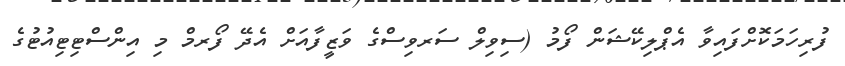
ފުރިހަމަކޮށްފައިވާ އެޕްލިކޭޝަން ފޯމު (ސިވިލް ސަރވިސްގެ ވަޒީފާއަށް އެދޭ ފޯރމް މި އިންސްޓިޓިއުޓުގެ